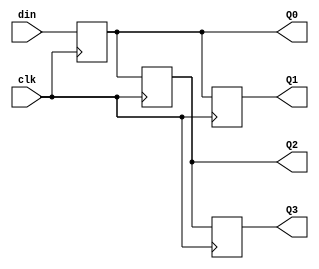
module block2(Q0,Q1,Q2,Q3,din,clk);
output Q0,Q1,Q2,Q3;
input clk,din;
reg Q0,Q1,Q2,Q3;

always @(posedge clk)
    	begin
    	Q3=Q2;
	Q1=Q0;
	Q2=Q1;
	Q0=din;
    	end
endmodule